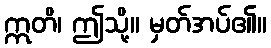
ဣတိ၊ ဤသို့။ မှတ်အပ်၏။